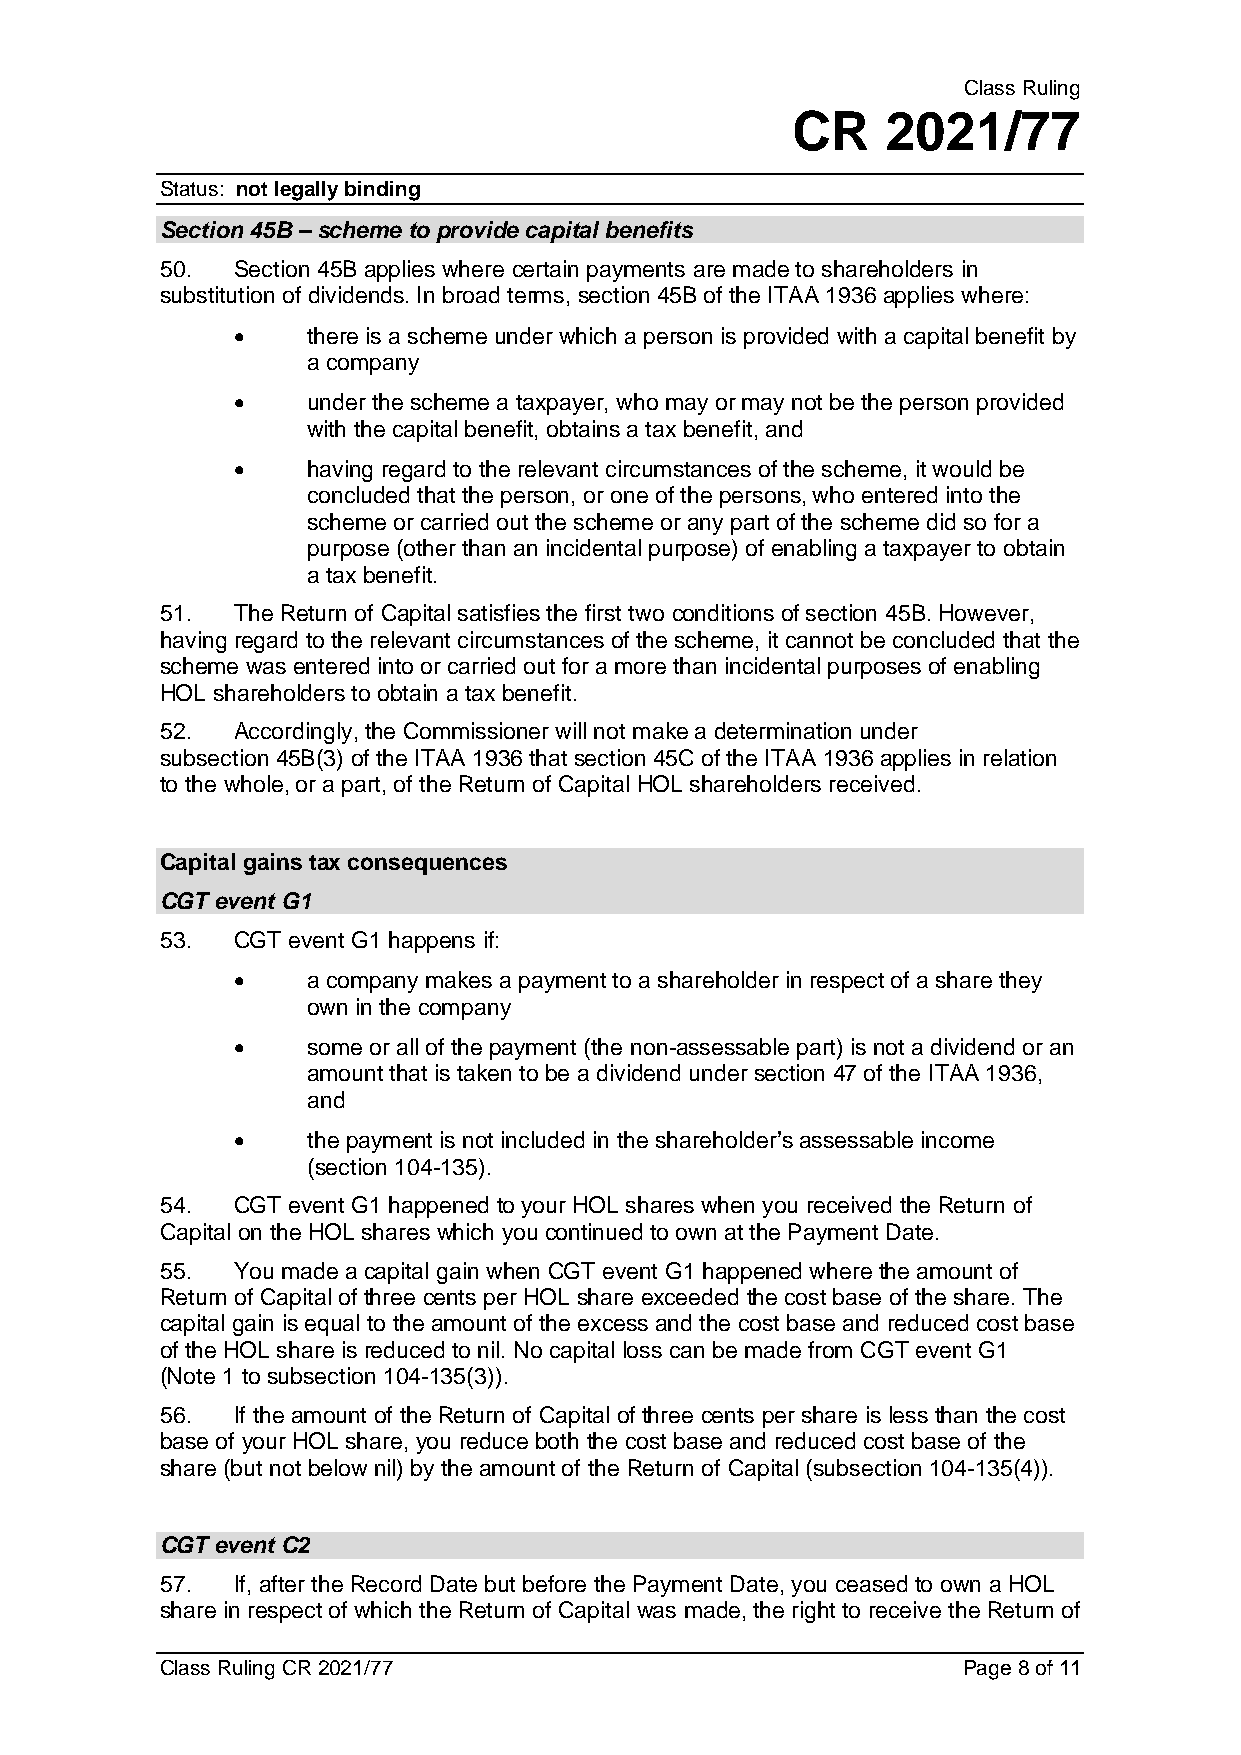
Class Ruling
 CR     2021/77
 Status: not legally binding
 Section 45B – scheme to provide capital benefits
 50. Section 45B applies where certain payments are made to shareholders in
 substitution of dividends. In broad terms, section 45B of the ITAA 1936 applies where:
 •    there is a scheme under which a person is provided with a capital benefit by
 a company
 •    under the scheme a taxpayer, who may or may not be the person provided
 with the capital benefit, obtains a tax benefit, and
 •    having regard to the relevant circumstances of the scheme, it would be
 concluded that the person, or one of the persons, who entered into the
 scheme or carried out the scheme or any part of the scheme did so for a
 purpose (other than an incidental purpose) of enabling a taxpayer to obtain
 a tax benefit.
 51. The Return of Capital satisfies the first two conditions of section 45B. However,
 having regard to the relevant circumstances of the scheme, it cannot be concluded that the
 scheme was entered into or carried out for a more than incidental purposes of enabling
 HOL shareholders to obtain a tax benefit.
 52. Accordingly, the Commissioner will not make a determination under
 subsection 45B(3) of the ITAA 1936 that section 45C of the ITAA 1936 applies in relation
 to the whole, or a part, of the Return of Capital HOL shareholders received.
 Capital gains tax consequences
 CGT event G1
 53. CGT event G1 happens if:
 •    a company makes a payment to a shareholder in respect of a share they
 own in the company
 •    some or all of the payment (the non-assessable part) is not a dividend or an
 amount that is taken to be a dividend under section 47 of the ITAA 1936,
 and
 •    the payment is not included in the shareholder’s assessable income
 (section 104-135).
 54. CGT event G1 happened to your HOL shares when you received the Return of
 Capital on the HOL shares which you continued to own at the Payment Date.
 55. You made a capital gain when CGT event G1 happened where the amount of
 Return of Capital of three cents per HOL share exceeded the cost base of the share. The
 capital gain is equal to the amount of the excess and the cost base and reduced cost base
 of the HOL share is reduced to nil. No capital loss can be made from CGT event G1
 (Note 1 to subsection 104-135(3)).
 56. If the amount of the Return of Capital of three cents per share is less than the cost
 base of your HOL share, you reduce both the cost base and reduced cost base of the
 share (but not below nil) by the amount of the Return of Capital (subsection 104-135(4)).
 CGT event C2
 57. If, after the Record Date but before the Payment Date, you ceased to own a HOL
 share in respect of which the Return of Capital was made, the right to receive the Return of
 Class Ruling CR 2021/77                              Page 8 of 11